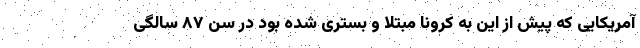
آمریکایی که پیش از این به کرونا مبتلا و بستری شده بود در سن ۸۷ سالگی